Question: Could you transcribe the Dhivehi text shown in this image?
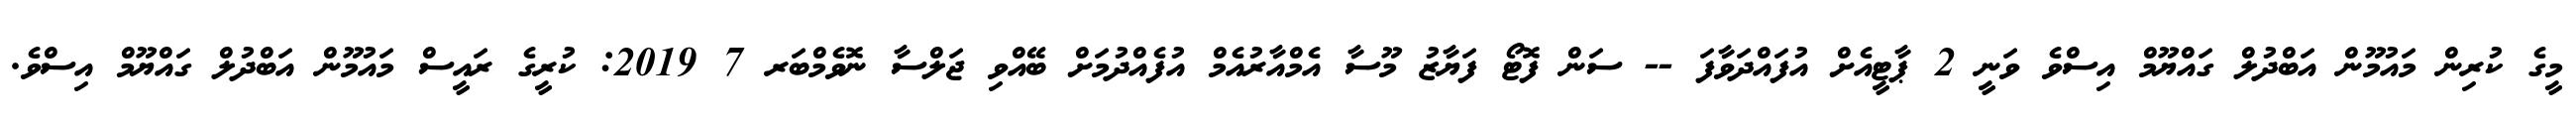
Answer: މީގެ ކުރިން މައުމޫން އަބްދުލް ގައްޔޫމް އިސްވެ ވަނީ 2 ޕާޓީއެށް އުފައްދަވާފަ -- ސަން ފޮޓޯ ފަޔާޒު މޫސާ އެމްއާރުއެމް އުފެއްދުމަށް ބޭއްވި ޖަލްސާ ނޮވެމްބަރ 7 2019: ކުރީގެ ރައީސް މައުމޫން އަބްދުލް ގައްޔޫމް އިސްވެ.